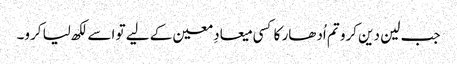
جب لین دین کرو تم اُدھار کا کسی میعادِ معین کے لیے تو اسے لکھ لیا کرو۔